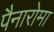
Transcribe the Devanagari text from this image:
पैनारोमा